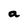
Character: a